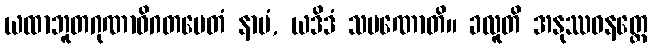
ယထာဘူတဂုဏာဓိဂတမေတံ နာမံ, ယဒိဒံ သမဏောတိ။ ခလူတိ အနုဿဝနတ္ထေ